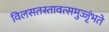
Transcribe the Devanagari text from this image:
विलसतस्तावत्समुज्जृंभते